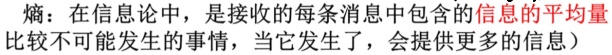
熵：在信息论中，是接收的每条消息中包含的信息的平均量（比较不可能发生的事情，当它发生了，会提供更多的信息）